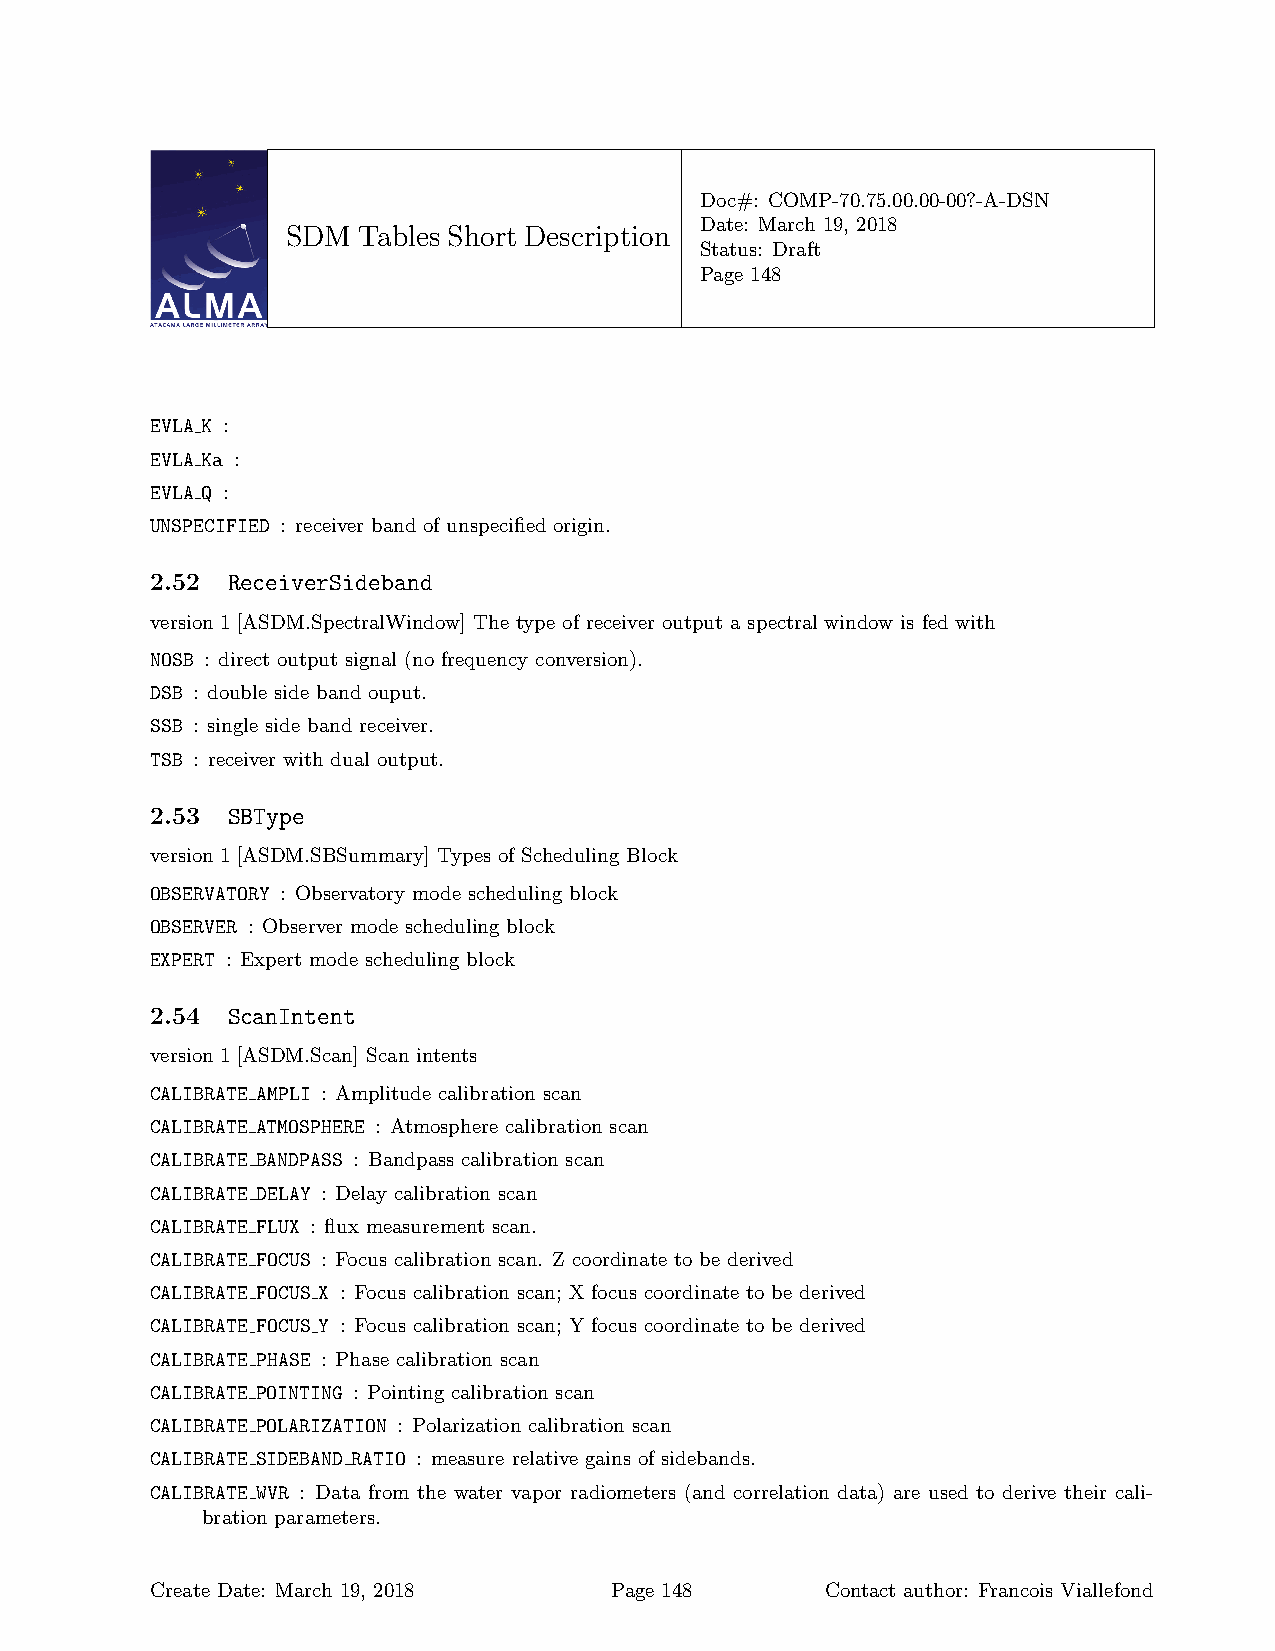
Doc#: COMP-70.75.00.00-00?-A-DSN
 Date: March 19, 2018
 SDM  Tables Short Description
 Status: Draft
 Page 148
 EVLA K :
 EVLA Ka :
 EVLA Q :
 UNSPECIFIED : receiver band of unspecified origin.
 2.52 ReceiverSideband
 version 1 [ASDM.SpectralWindow] The type of receiver output a spectral window is fed with
 NOSB : direct output signal (no frequency conversion).
 DSB : double side band ouput.
 SSB : single side band receiver.
 TSB : receiver with dual output.
 2.53 SBType
 version 1 [ASDM.SBSummary] Types of Scheduling Block
 OBSERVATORY : Observatory mode scheduling block
 OBSERVER : Observer mode scheduling block
 EXPERT : Expert mode scheduling block
 2.54 ScanIntent
 version 1 [ASDM.Scan] Scan intents
 CALIBRATE AMPLI : Amplitude calibration scan
 CALIBRATE ATMOSPHERE : Atmosphere calibration scan
 CALIBRATE BANDPASS : Bandpass calibration scan
 CALIBRATE DELAY : Delay calibration scan
 CALIBRATE FLUX : flux measurement scan.
 CALIBRATE FOCUS : Focus calibration scan. Z coordinate to be derived
 CALIBRATE FOCUS X : Focus calibration scan; X focus coordinate to be derived
 CALIBRATE FOCUS Y : Focus calibration scan; Y focus coordinate to be derived
 CALIBRATE PHASE : Phase calibration scan
 CALIBRATE POINTING : Pointing calibration scan
 CALIBRATE POLARIZATION : Polarization calibration scan
 CALIBRATE SIDEBAND RATIO : measure relative gains of sidebands.
 CALIBRATE WVR : Data from the water vapor radiometers (and correlation data) are used to derive their cali-
 bration parameters.
 Create Date: March 19, 2018   Page 148       Contact author: Francois Viallefond